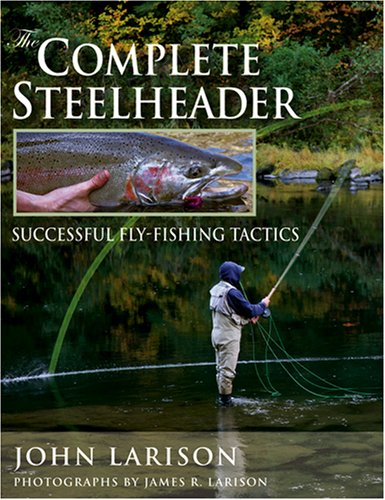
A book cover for Complete Steelheader, The: Successful Fly-Fishing Tactics; John Larison; Sports & Outdoors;